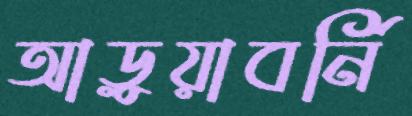
আড়ুয়াবর্নি